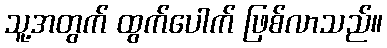
သူ့အတွက် ထွက်ပေါက် ဖြစ်လာသည်။